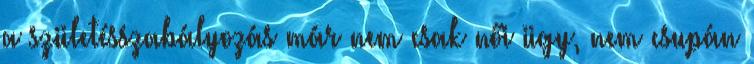
a születésszabályozás már nem csak női ügy, nem csupán